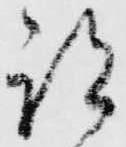
跡